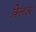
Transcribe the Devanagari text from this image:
किलाउस